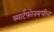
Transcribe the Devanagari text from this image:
स्मार्टफोनमधील